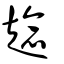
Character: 趝